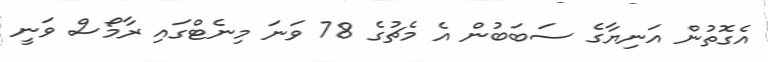
އެގޮތުން އަނިޔާގެ ސަބަބުން އެ މެޗުގެ 78 ވަނަ މިނެޓްގައި ރާމޯސް ވަނީ